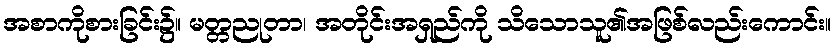
အစာကိုစားခြင်း၌။ မတ္တညုတာ၊ အတိုင်းအရှည်ကို သိသောသူ၏အဖြစ်လည်းကောင်း။